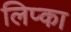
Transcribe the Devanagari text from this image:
लिप्का